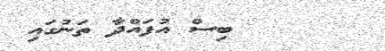
ބިސް އުފައްދާ ތަނުގައި